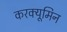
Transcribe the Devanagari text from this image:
करक्यूमिन